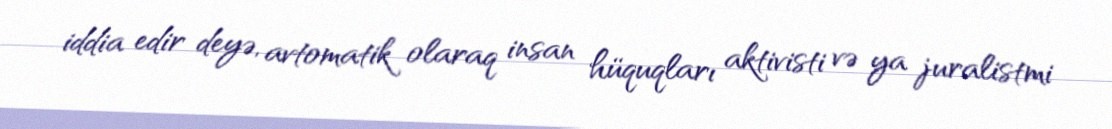
iddia edir deyə, avtomatik olaraq insan hüquqları aktivisti və ya juralistmi